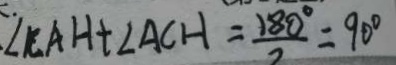
\angle C A H + \angle A C H = \frac { 1 8 0 ^ { \circ } } { 2 } = 9 0 ^ { \circ }